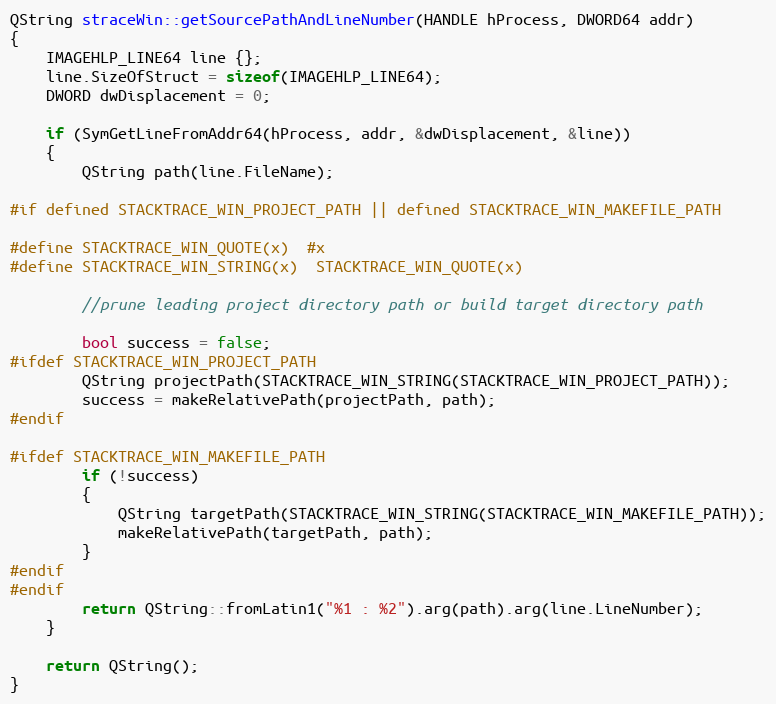
Language: C
QString straceWin::getSourcePathAndLineNumber(HANDLE hProcess, DWORD64 addr)
{
    IMAGEHLP_LINE64 line {};
    line.SizeOfStruct = sizeof(IMAGEHLP_LINE64);
    DWORD dwDisplacement = 0;

    if (SymGetLineFromAddr64(hProcess, addr, &dwDisplacement, &line))
    {
        QString path(line.FileName);

#if defined STACKTRACE_WIN_PROJECT_PATH || defined STACKTRACE_WIN_MAKEFILE_PATH

#define STACKTRACE_WIN_QUOTE(x)  #x
#define STACKTRACE_WIN_STRING(x)  STACKTRACE_WIN_QUOTE(x)

        //prune leading project directory path or build target directory path

        bool success = false;
#ifdef STACKTRACE_WIN_PROJECT_PATH
        QString projectPath(STACKTRACE_WIN_STRING(STACKTRACE_WIN_PROJECT_PATH));
        success = makeRelativePath(projectPath, path);
#endif

#ifdef STACKTRACE_WIN_MAKEFILE_PATH
        if (!success)
        {
            QString targetPath(STACKTRACE_WIN_STRING(STACKTRACE_WIN_MAKEFILE_PATH));
            makeRelativePath(targetPath, path);
        }
#endif
#endif
        return QString::fromLatin1("%1 : %2").arg(path).arg(line.LineNumber);
    }

    return QString();
}